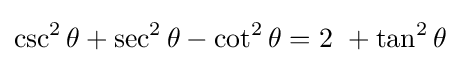
\csc ^{2}\theta +\sec ^{2}\theta -\cot ^{2}\theta =2\ +\tan ^{2}\theta